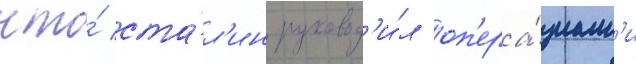
что́ ста́л'ин руковод'и́л оп'ера́циам'и